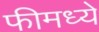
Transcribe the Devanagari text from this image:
फीमध्ये